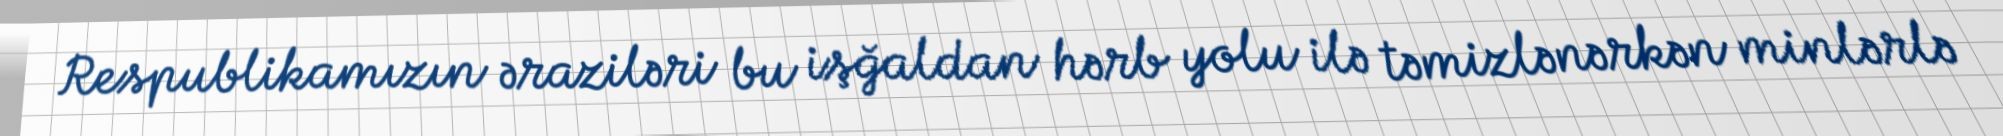
Respublikamızın əraziləri bu işğaldan hərb yolu ilə təmizlənərkən minlərlə